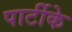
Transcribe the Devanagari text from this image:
पार्टीके